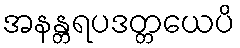
အနန္တရပဒတ္တယေပိ